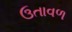
ઉતાવળ